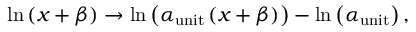
\ln \left( x + \beta \right) \rightarrow \ln \left( \alpha _ { \mathrm { u n i t } } \left( x + \beta \right) \right) - \ln \left( \alpha _ { \mathrm { u n i t } } \right) ,